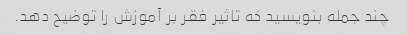
چند جمله بنویسید که تاثیر فقر بر آموزش را توضیح دهد.